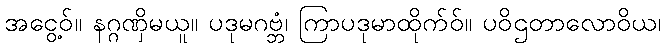
အငွေ့ဝ်။ နဂ္ဂဏှိမယူ။ ပဒုမဂဗ္ဘံ၊ ကြာပဒုမာထိုက်ဝ်။ ပဝိဌတာလောဝိယ၊